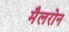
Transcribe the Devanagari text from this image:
मैलरोन